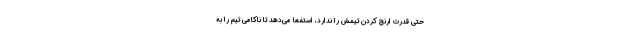
حتی قدرت ارنج کردن تیمش را ندارد، استفعا می‌دهد تا ناکامی تیم را به